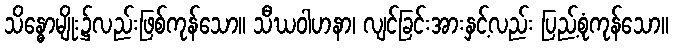
သိန္ဓောမျိုး၌လည်းဖြစ်ကုန်သော။ သီဃဝါဟနာ၊ လျင်ခြင်းအားနှင့်လည်း ပြည့်စုံကုန်သော။